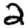
Digit: 2